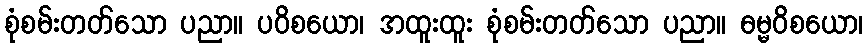
စုံစမ်းတတ်သော ပညာ။ ပဝိစယော၊ အထူးထူး စုံစမ်းတတ်သော ပညာ။ ဓမ္မဝိစယော၊